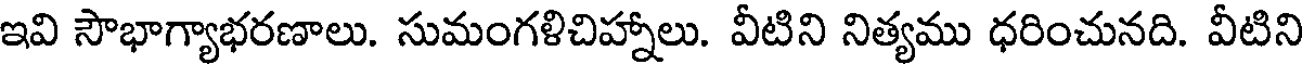
ఇవి సౌభాగ్యాభరణాలు. సుమంగళిచిహ్నాలు. వీటిని నిత్యము ధరించునది. వీటిని